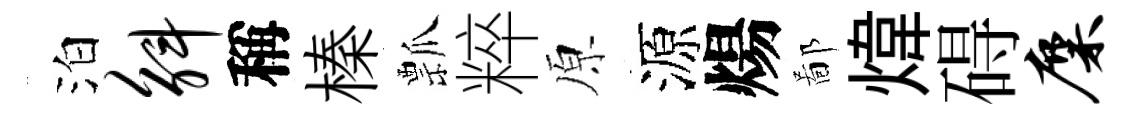
泊斛稱榛瓢粹原源煬鄙煒碍麋